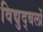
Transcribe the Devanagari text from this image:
विद्युद्बलों